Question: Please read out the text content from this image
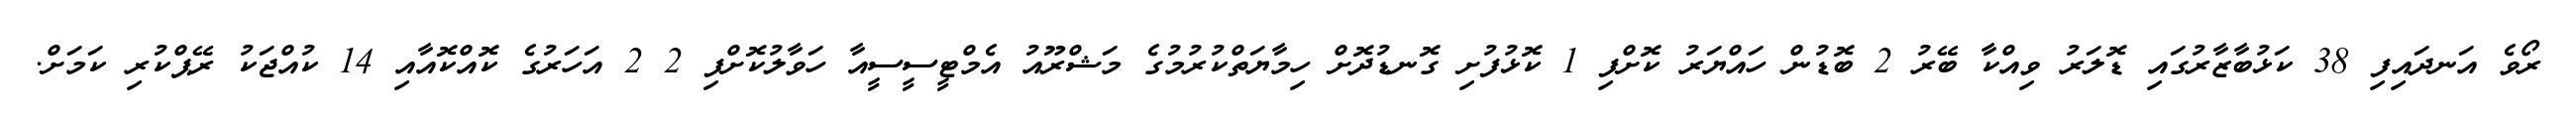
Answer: ރޯވެ އަނދައިފި 38 ކަޅުބާޒާރުގައި ޑޮލަރު ވިއްކާ ބޭރު 2 ބޮޑުން ހައްޔަރު ކޮށްފި 1 ކޮޅުފުށި ގޮނޑުދޮށް ހިމާޔަތްކުރުމުގެ މަޝްރޫއު އެމްޓީސީސީއާ ހަވާލުކޮށްފި 2 2 އަހަރުގެ ކޮއްކޮއާއި 14 ކުއްޖަކު ރޭޕްކުރި ކަމަށް.